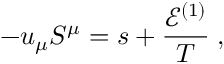
- u _ { \mu } S ^ { \mu } = s + \frac { \mathcal { E } ^ { ( 1 ) } } { T } \; ,